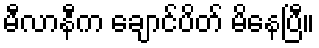
မီလာနီက ချောင်ပိတ် မိနေပြီ။